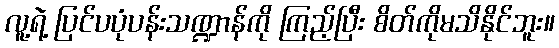
လူ့ရဲ့ ပြင်ပပုံပန်းသဏ္ဍာန်ကို ကြည့်ပြီး စိတ်ကိုမသိနိုင်ဘူး။